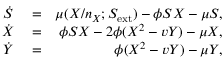
\begin{array} { r l r } { \dot { S } } & { { } = } & { \mu ( X / n _ { X } ; S _ { \mathrm { e x t } } ) - \phi S X - \mu S , } \\ { \dot { X } } & { { } = } & { \phi S X - 2 \phi ( X ^ { 2 } - v Y ) - \mu X , } \\ { \dot { Y } } & { { } = } & { \phi ( X ^ { 2 } - v Y ) - \mu Y , } \end{array}